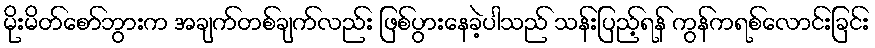
မိုးမိတ်စော်ဘွားက အချက်တစ်ချက်လည်း ဖြစ်ပွားနေခဲ့ပါသည် သန်းပြည့်ရန် ကွန်ကရစ်လောင်းခြင်း